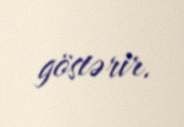
göstərir.